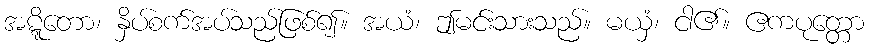
အဋ္ဋိတော၊ နှိပ်စက်အပ်သည်ဖြစ်၍။ အယံ၊ ဤမင်းသားသည်။ မယှံ၊ ငါ၏။ ဧကပုတ္တော